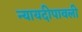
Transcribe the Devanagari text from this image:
न्यायदीपावली